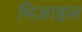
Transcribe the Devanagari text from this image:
मिज़ाइल